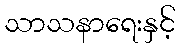
သာသနာရေးနှင့်